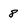
Character: 8